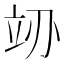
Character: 𬔚